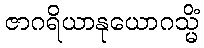
ဇာဂရိယာနုယောဂသ္မိံ